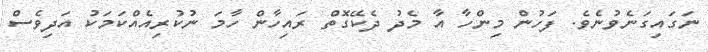
ނަގައިގަނެވުނެވެ. ފަހުން މިންހާ އާ މެދު ދެކޭގޮތް ރައިހާން ހާމަ ނުކުރިއެއްކަމަކު އަދިވެސް